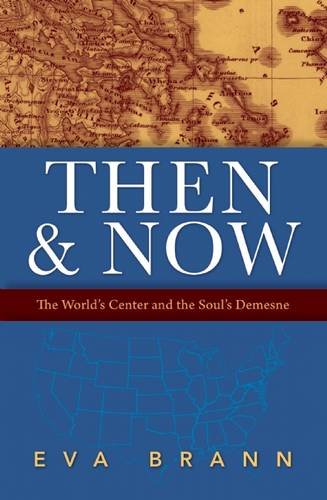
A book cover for Then & Now: The World's Center and the Soul's Demesne; Eva Brann; Politics & Social Sciences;